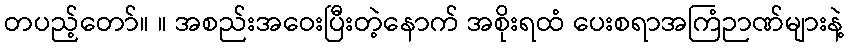
တပည့်တော်။ ။ အစည်းအဝေးပြီးတဲ့နောက် အစိုးရထံ ပေးစရာအကြံဉာဏ်များနဲ့